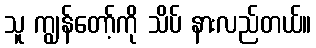
သူ ကျွန်တော့်ကို သိပ် နားလည်တယ်။